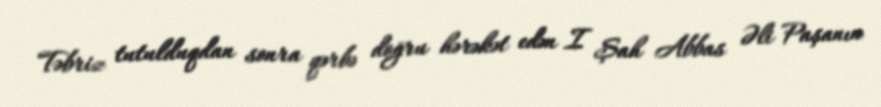
Təbriz tutulduqdan sonra qərbə doğru hərəkət edən I Şah Abbas Əli Paşanın